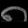
Digit: ၈